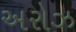
અરોઝ